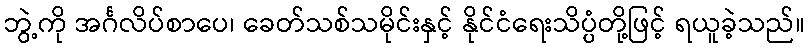
ဘွဲ့ကို အင်္ဂလိပ်စာပေ၊ ခေတ်သစ်သမိုင်းနှင့် နိုင်ငံရေးသိပ္ပံတို့ဖြင့် ရယူခဲ့သည်။